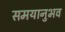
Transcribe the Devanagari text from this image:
समयानुभव